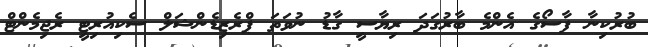
ބުރުކިނާ ފާސޯގެ އެންމެ ބާރުގަދަ ރިޔާސީ ގާޑު ނުވަތަ ޕްރެޒިޑެންޝަލް ސެކިއުރިޓީ ރެޖިމެންޓް